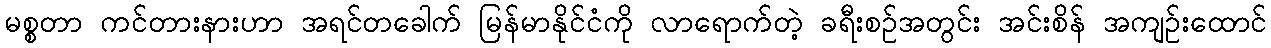
မစ္စတာ ကင်တားနားဟာ အရင်တခေါက် မြန်မာနိုင်ငံကို လာရောက်တဲ့ ခရီးစဉ်အတွင်း အင်းစိန် အကျဉ်းထောင်